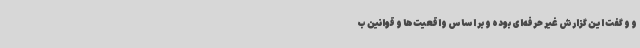
و و گفت این گزارش غیر حرفه‌ای بوده و بر اساس واقعیت‌ها و قوانین ب